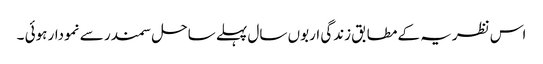
اس نظریہ کے مطابق زندگی اربوں سال پہلے ساحل سمندر سے نمودار ہوئی ۔